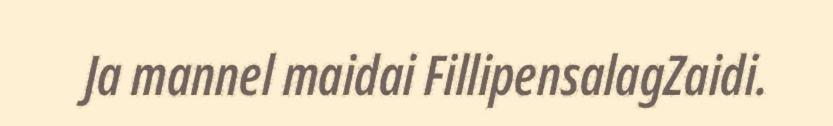
Ja mannel maidai FillipensalagZaidi.